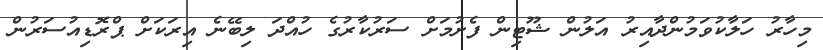
މިހާރު ހަލާކުވަމުންދާއިރު އަލުން ޝޫޓިން ފެށުމަށް ސަރުކާރުގެ ހުއްދަ ލިބޭނެ އިރަކަށް ޕްރޮޑިއުސަރުން